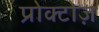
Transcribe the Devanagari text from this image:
प्रोक्टोज़